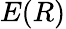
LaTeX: E(R)